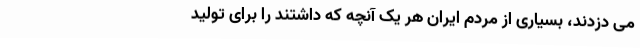
می دزدند، بسیاری از مردم ایران هر یک آنچه که داشتند را برای تولید